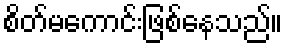
စိတ်မကောင်းဖြစ်နေသည်။